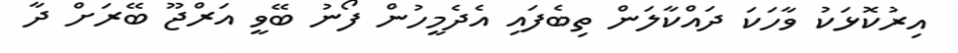
އިރުކޮޅަކު ވާހަކަ ދައްކާލަން ތިބެފައި އެދެމީހުން ފޯނު ބޭވީ އަރްޖޫ ބޭރަށް ދާ